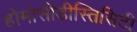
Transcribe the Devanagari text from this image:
होमोसीडीस्तिसिटी